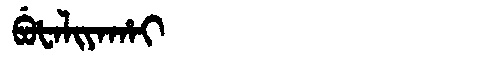
Manchu: ᠪᡠᡶᠠᠯᡳᠶᠠᡥᠠᡳ
Romanization: BUFALIYAHAI